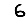
Digit: 6